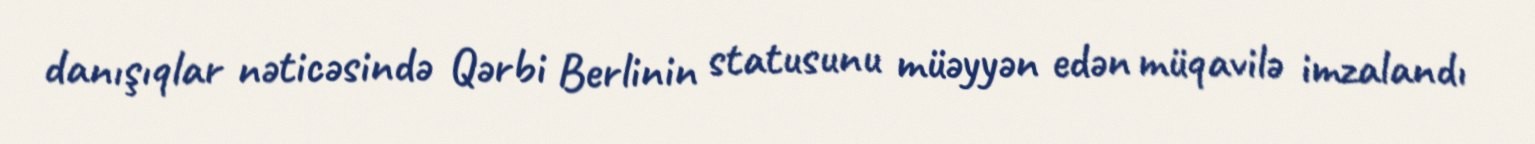
danışıqlar nəticəsində Qərbi Berlinin statusunu müəyyən edən müqavilə imzalandı